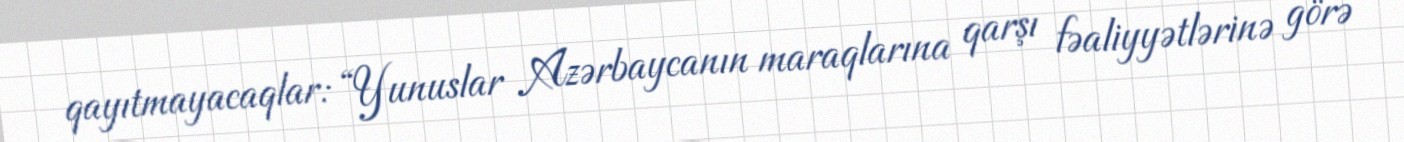
qayıtmayacaqlar: “Yunuslar Azərbaycanın maraqlarına qarşı fəaliyyətlərinə görə